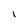
Character: I